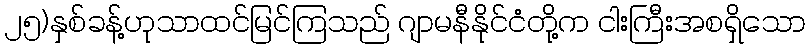
၂၅)နှစ်ခန့်ဟုသာထင်မြင်ကြသည် ဂျာမနီနိုင်ငံတို့က ငါးကြီးအစရှိသော